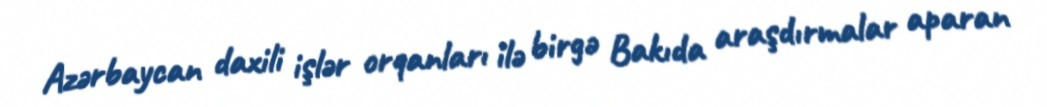
Azərbaycan daxili işlər orqanları ilə birgə Bakıda araşdırmalar aparan